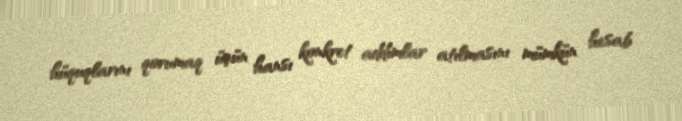
hüquqlarını qorumaq üçün hansı konkret addımlar atılmasını mümkün hesab